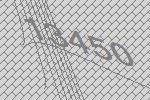
13450